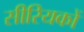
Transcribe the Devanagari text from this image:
सीरियकों